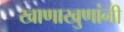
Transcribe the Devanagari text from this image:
खाणाखुणांनी